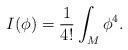
LaTeX: \begin{align*} I(\phi) = \frac{1}{4!}\int_M \phi^4.\end{align*}